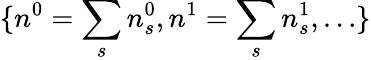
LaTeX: \{ n^{0}=\sum_{s}n_{s}^{0},n^{1}=\sum_{s}n_{s}^{1},\dots\}